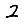
Digit: 2